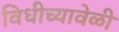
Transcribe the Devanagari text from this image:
विधीच्यावेळी